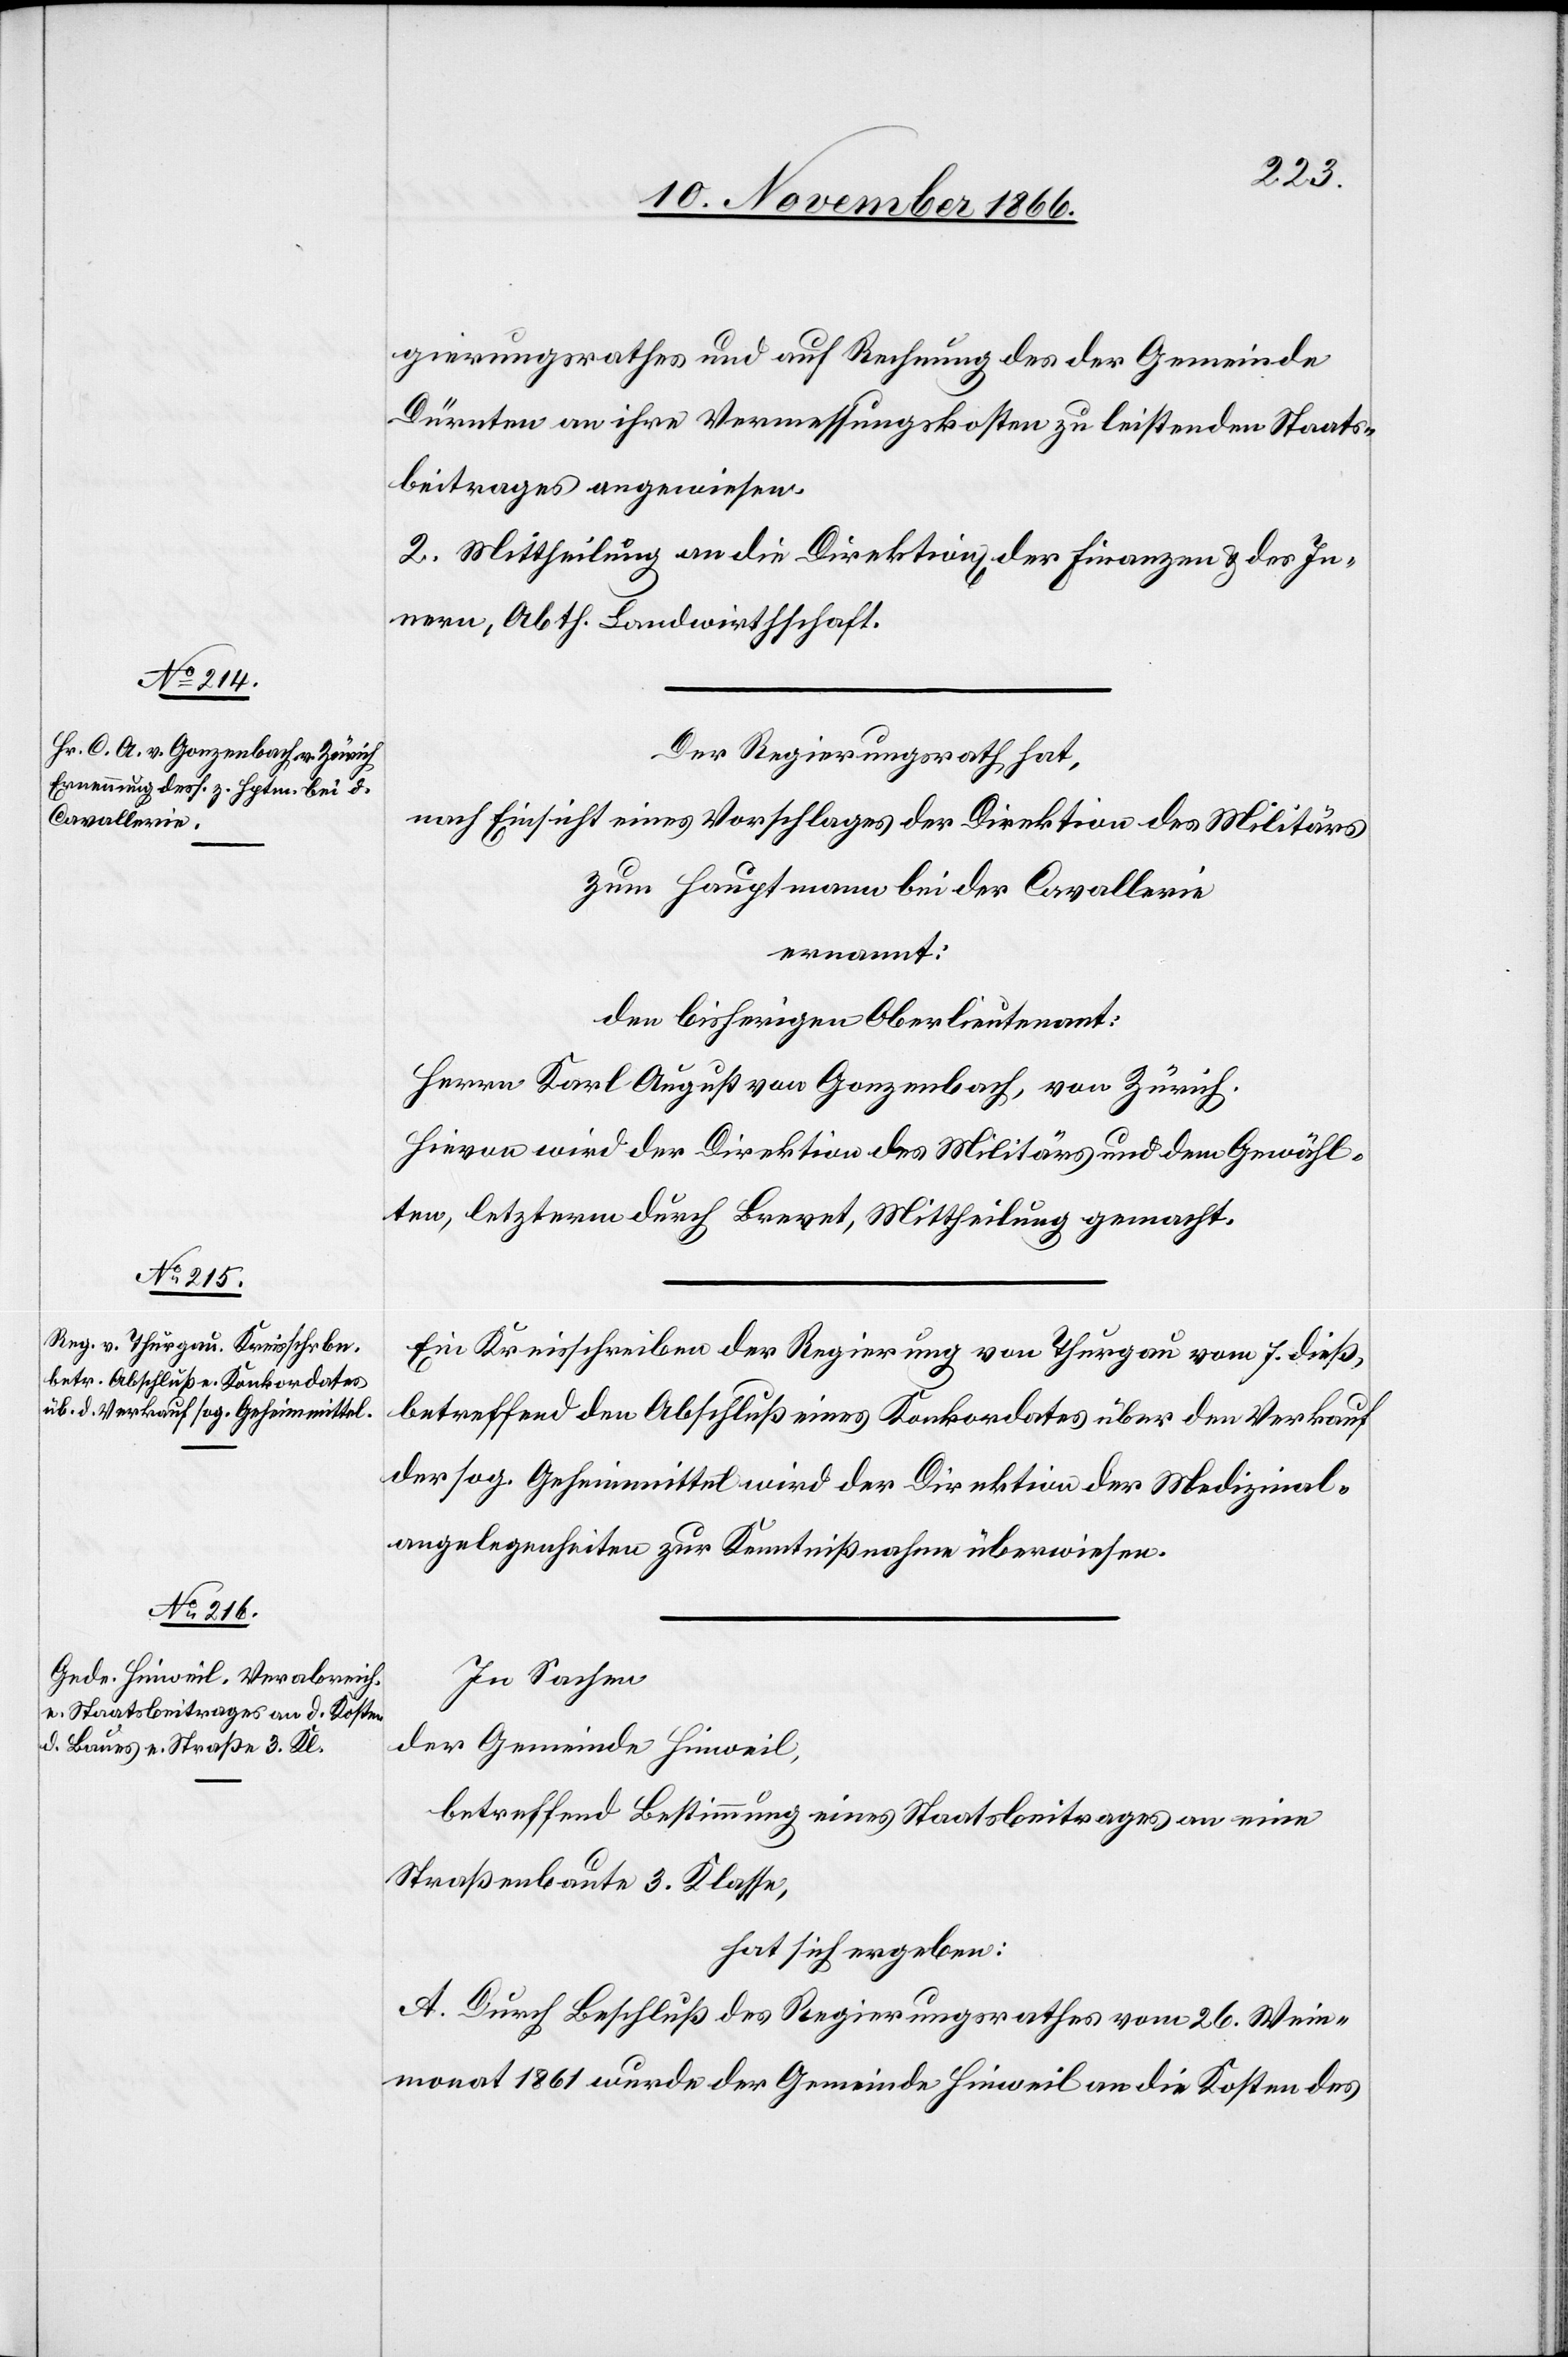
gierungsrathes und auf Rechnung des der Gemeinde
Dürnten an ihre Vermessungskosten zu leistenden Staats¬
beitrages angewiesen.
2. Mittheilung an die Direktion[en] der Finanzen & des In¬
nern, Abth. Landwirthschaft.
Der Regierungsrath hat,
nach Einsicht eines Vorschlages der Direktion des Militärs
zum Hauptmann bei der Cavallerie,
ernannt:
den bisherigen Oberlieutenant:
Herrn Karl August von Gonzenbach, von Zürich.
Hievon wird der Direktion des Militärs und dem Gewähl¬
ten, letzterm durch Brevet, Mittheilung gemacht.
Ein Kreisschreiben der Regierung von Thurgau vom 7. dieß,
betreffend den Abschluß eines Konkordates über den Verkauf
der sog. Geheimmittel wird der Direktion der Medizinal¬
angelegenheiten zur Kenntnißnahme überwiesen.
In Sachen
der Gemeinde Hinweil,
betreffend Bestimmung eines Staatsbeitrages an eine
Straßenbaute 3. Klasse,
hat sich ergeben:
A. Durch Beschluß des Regierungsrathes vom 26. Wein¬
monat 1861 wurde der Gemeinde Hinweil an die Kosten des